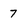
Character: 7